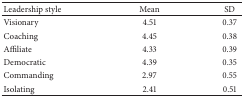
<table><thead><tr><td><b>Leadership style</b></td><td><b>Mean</b></td><td><b>SD</b></td></tr></thead><tbody><tr><td>Visionary</td><td>4.51</td><td>0.37</td></tr><tr><td>Coaching</td><td>4.45</td><td>0.38</td></tr><tr><td>Affiliate</td><td>4.33</td><td>0.39</td></tr><tr><td>Democratic</td><td>4.39</td><td>0.35</td></tr><tr><td>Commanding</td><td>2.97</td><td>0.55</td></tr><tr><td>Isolating</td><td>2.41</td><td>0.51</td></tr></tbody></table>